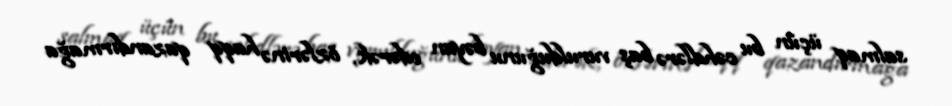
salmaq üçün bu cəhdlərə baş vurulduğunu bəyan edərək, özlərinə haqq qazandırmağa